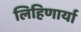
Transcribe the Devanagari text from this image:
लिहिणार्या